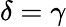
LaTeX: \delta=\gamma